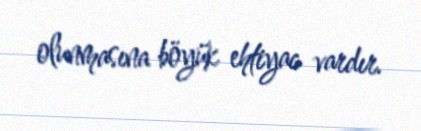
olunmasına böyük ehtiyac vardır.